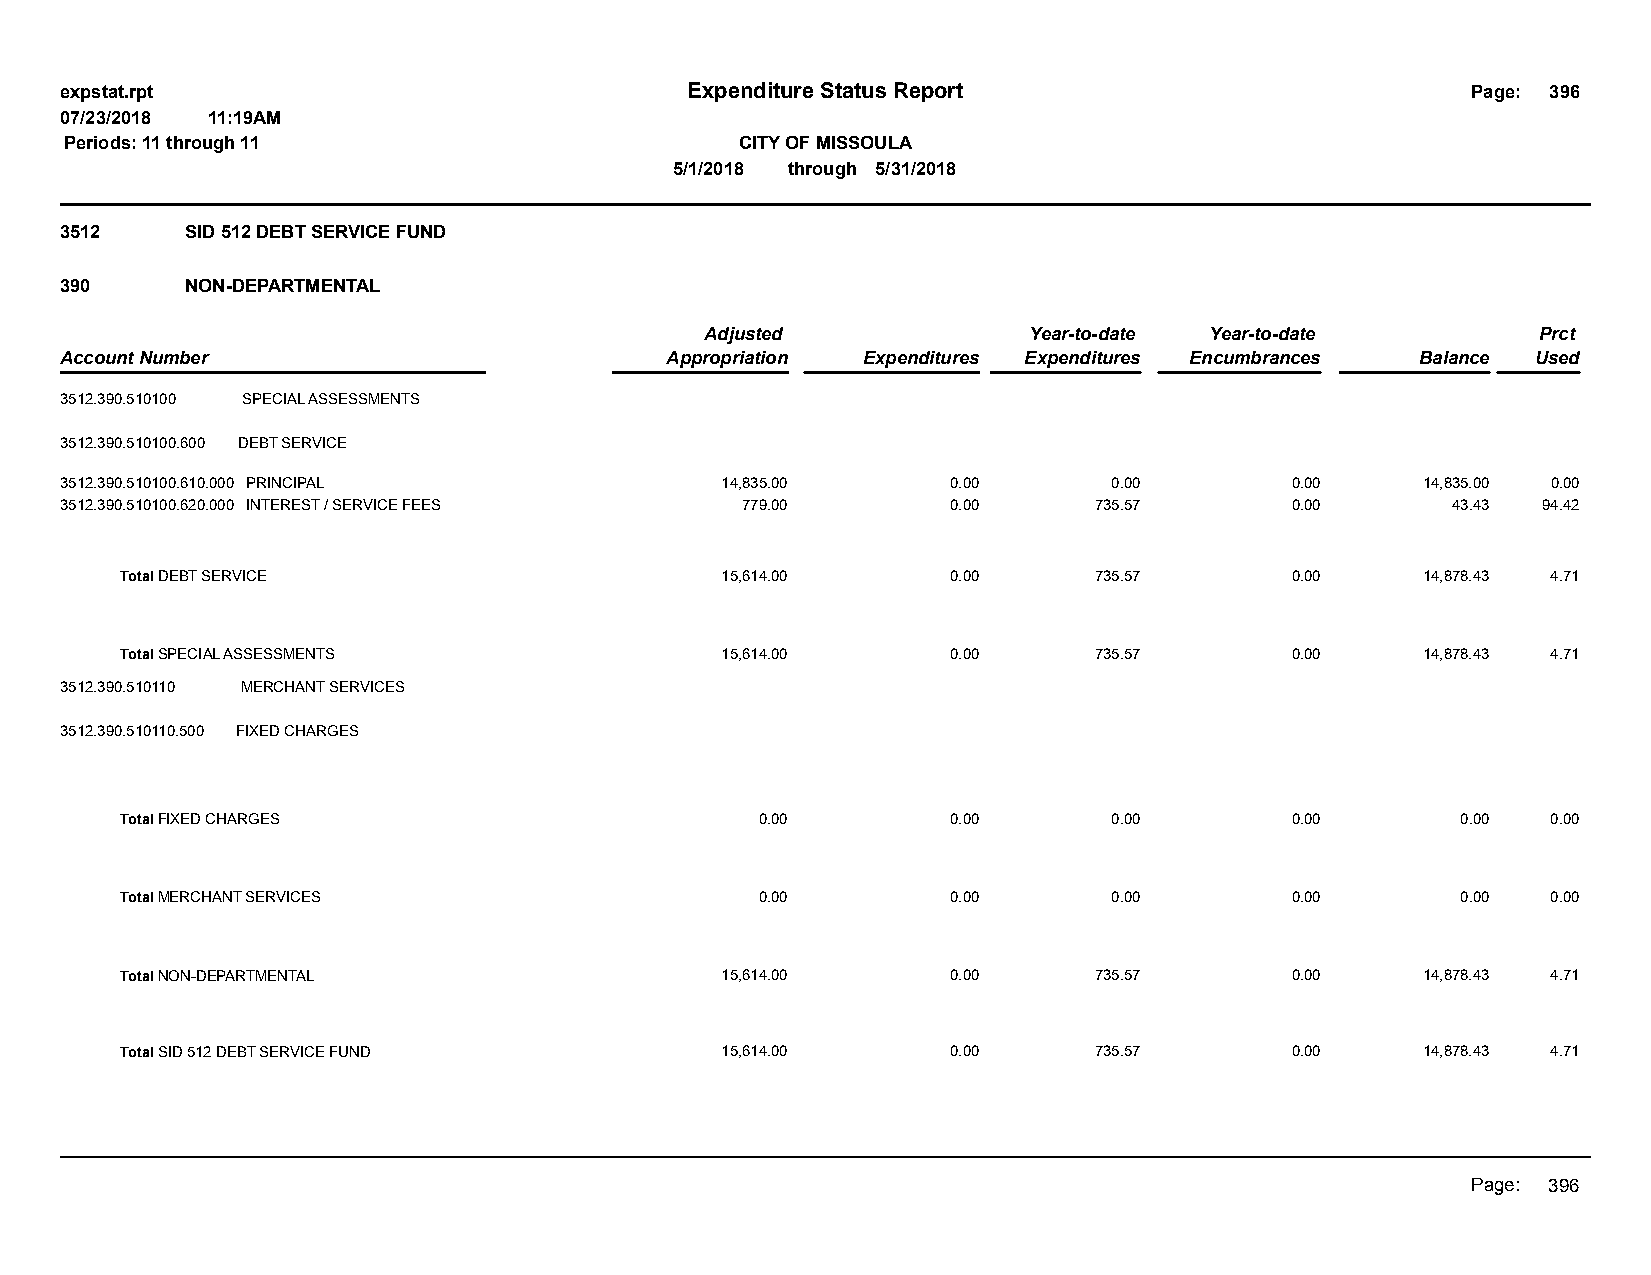
expstat.rpt                              Expenditure Status Report                           Page: 396
 07/23/2018 11:19AM
 Periods: 11 through 11                       CITY OF MISSOULA
 5/1/2018 through 5/31/2018
 3512    SID 512 DEBT SERVICE FUND
 390     NON-DEPARTMENTAL
 Adjusted             Year-to-date Year-to-date         Prct
 Account Number                          Appropriation Expenditures Expenditures Encumbrances Balance Used
 3512.390.510100 SPECIAL ASSESSMENTS
 3512.390.510100.600 DEBT SERVICE
 3512.390.510100.610.000 PRINCIPAL           14,835.00      0.00       0.00       0.00     14,835.00 0.00
 3512.390.510100.620.000 INTEREST / SERVICE FEES 779.00     0.00     735.57       0.00       43.43 94.42
 Total DEBT SERVICE                      15,614.00      0.00     735.57       0.00     14,878.43 4.71
 Total SPECIAL ASSESSMENTS               15,614.00      0.00     735.57       0.00     14,878.43 4.71
 3512.390.510110 MERCHANT SERVICES
 3512.390.510110.500 FIXED CHARGES
 Total FIXED CHARGES                       0.00         0.00       0.00       0.00        0.00  0.00
 Total MERCHANT SERVICES                   0.00         0.00       0.00       0.00        0.00  0.00
 Total NON-DEPARTMENTAL                  15,614.00      0.00     735.57       0.00     14,878.43 4.71
 Total SID 512 DEBT SERVICE FUND         15,614.00      0.00     735.57       0.00     14,878.43 4.71
 Page: 396